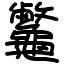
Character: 龞